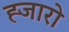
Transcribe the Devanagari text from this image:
ह्जारो